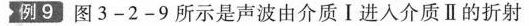
例9图3-2-9所示是声波由介质Ⅰ进入介质Ⅱ的折射